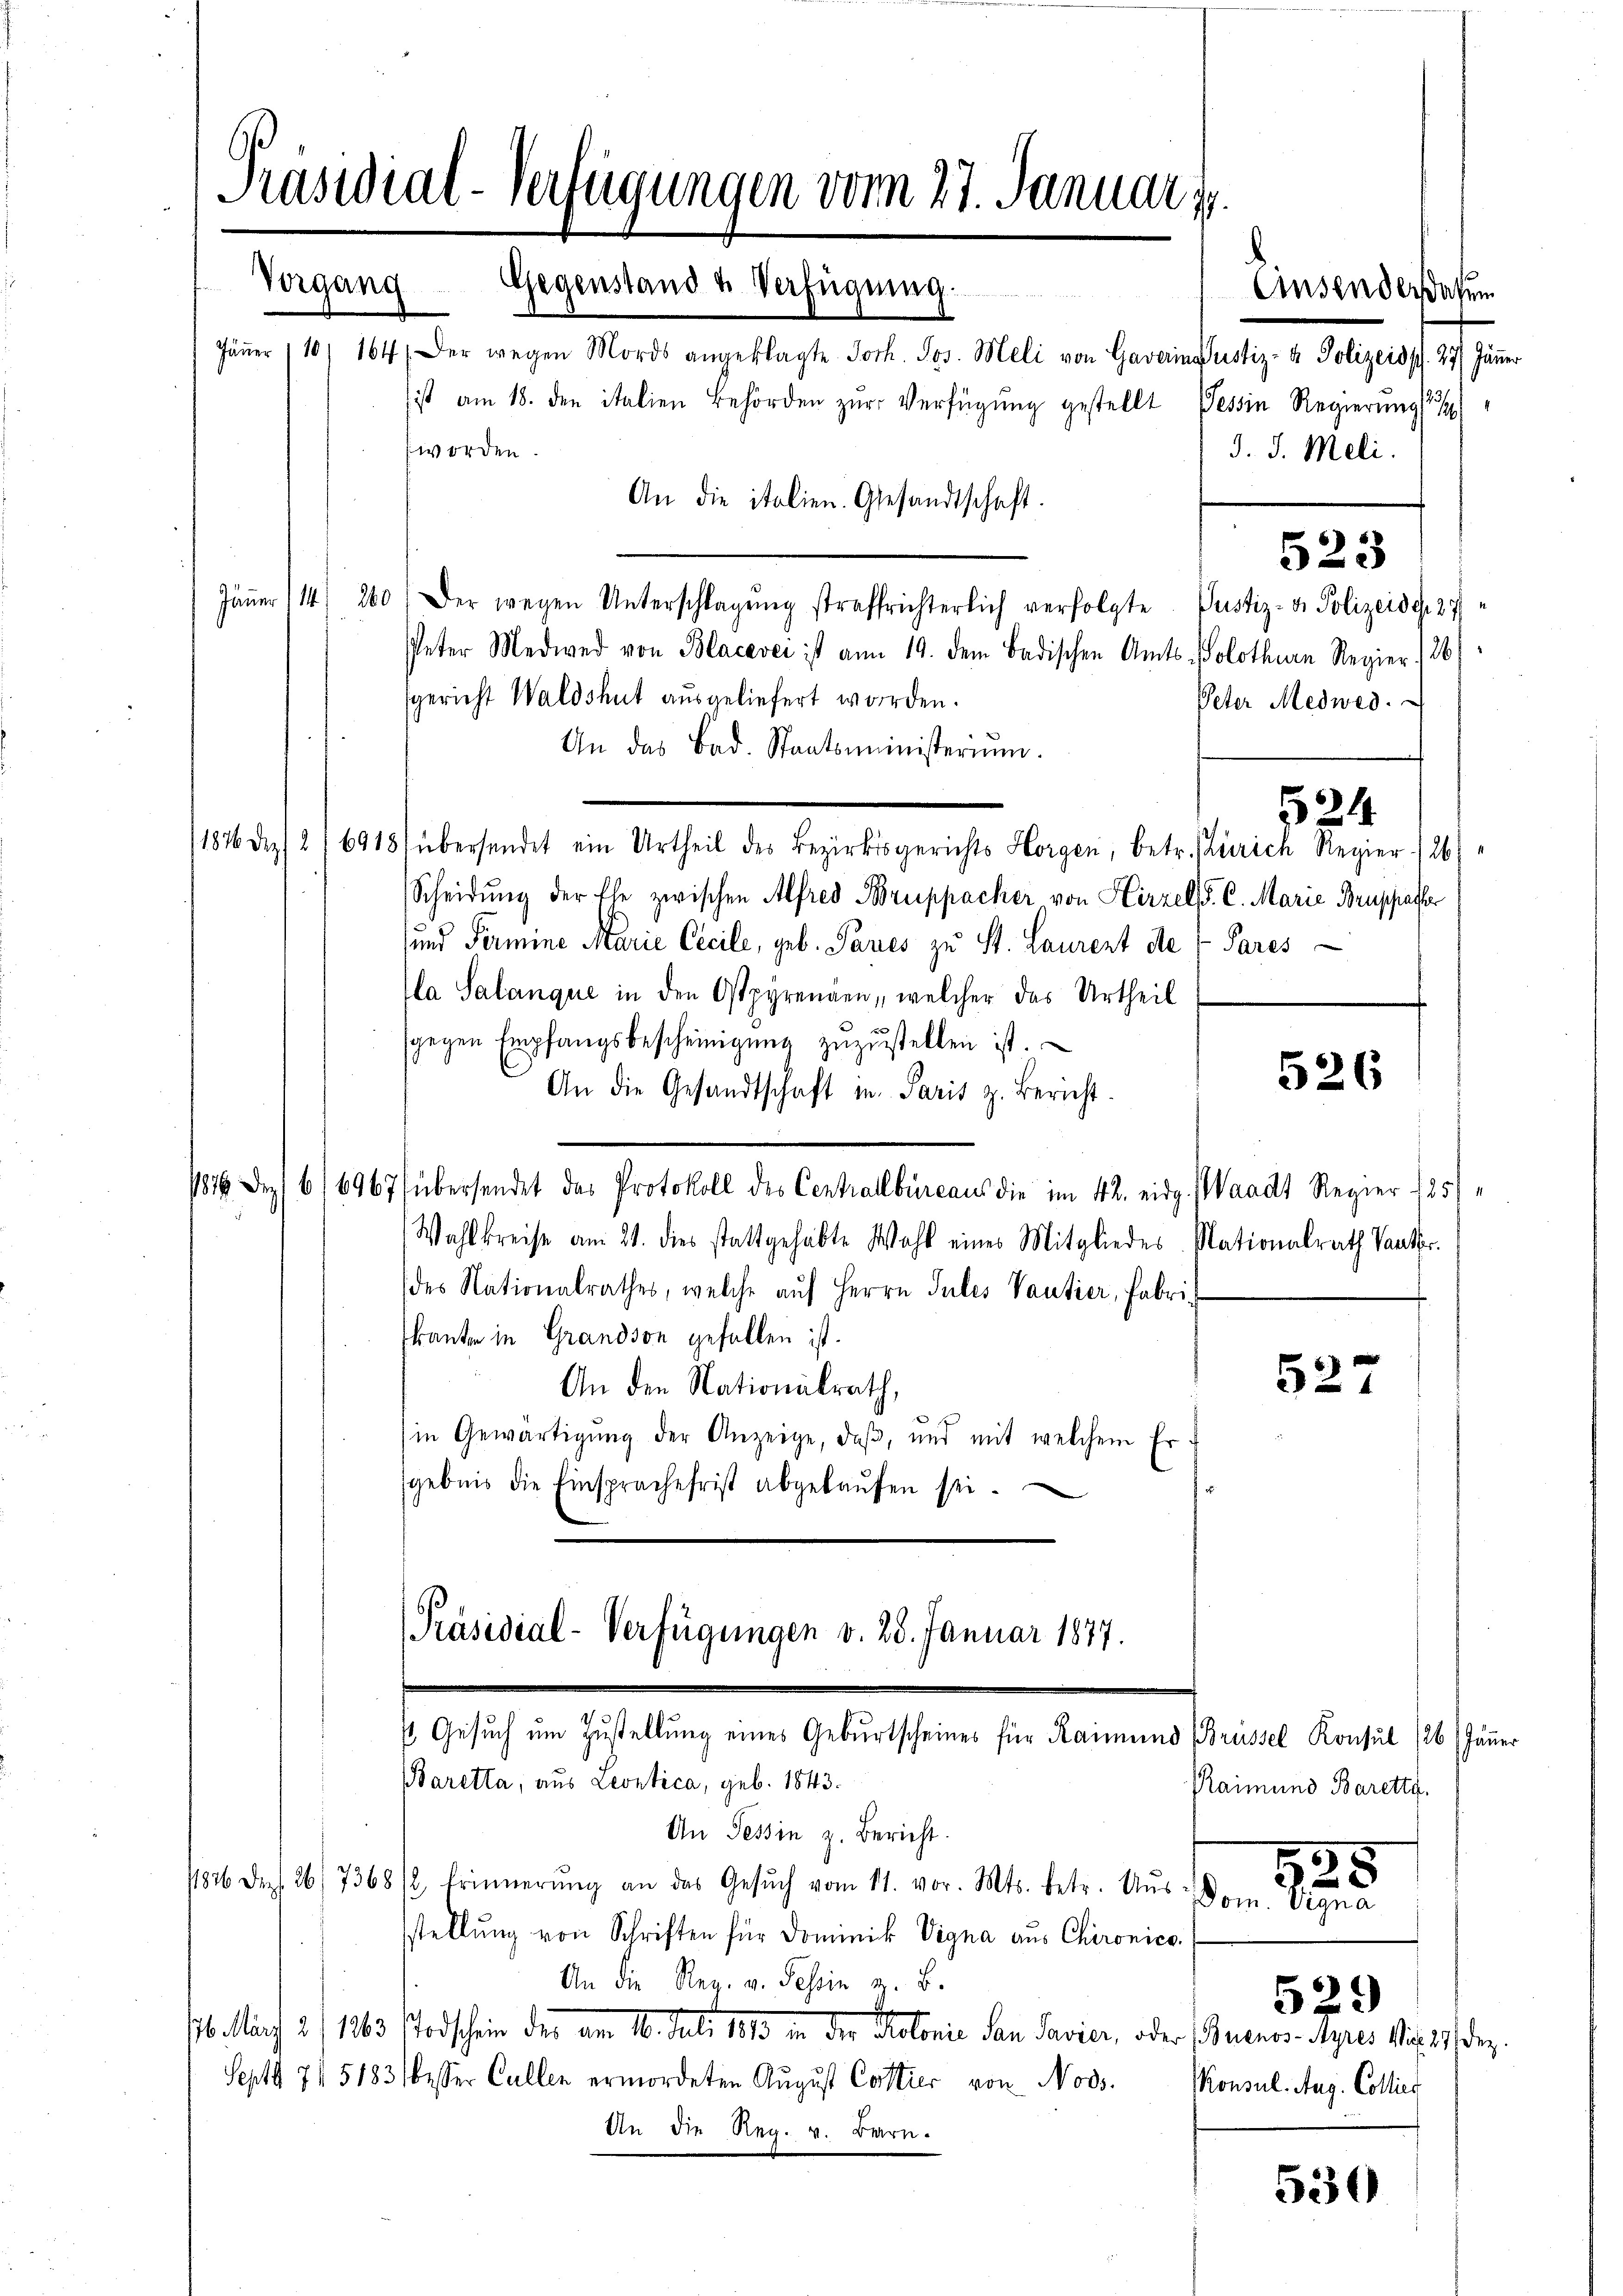
Präsidial-Verfügungen vom 27. Januar 1
Vorgang
Gegenstand u Verfügung.

Jäṅer (10/ 164 (Der wegen Mords angeklagte Joh. Jos. Meli von Gavarin sustiz- & Polizeiss. 27. Jänner
ist am 18. den italien Behörden zŭr Verfügŭng gestellt
worden.
An die italien. Gesandtschaft.
Jäṅer (14. 260) Der wegen Unterschlagung straffrichterlich verfolgte Justiz- & Polizeidg. 27
Peter Medwed von Blacerei ist am 19. dem Badischen Amts-Solothurn Regier 1/26
sgericht Waldshut ausgeliefert worden.
An das Bad. Staatsministerium.
/1876 Dez. 216918 übersendet ein Urtheil des Bezirksgerichts Horgen, betr. Zürich Regier (26)
Scheidung der Ehe zwischen Alfred Bruppacher von Hirzel, S. C. Marie Beschafter
und Fermine Marie Cecile, geb. Pares zu St. Laurent der Pares
la Salanque in den Ostpyrenden, welcher das Urtheil
sgegen Empfangsbescheinigŭng zŭzŭstellen ist.
An die Gesandtschaft in Paris z. Bericht.
1816. Dez. 66967 übersendet das Protokoll des Centrollbüreaus die im 42. eidg. Waadt Regier 185/
Wahlkreise am 21. dies stattgehabte Wahl eines Mitgliedes Nationalrath Vater.
des Nationalrathes, welche aŭf Herrn Jules Vantier, Fabri
kanten in Grandson gefallen ist.
An den Nationalrath,
in Gewärtigŭng der Anzeige, daβ, und mit welchem Er-
gebnis die Einsprache frist abgekaŭfen sei.
[Präsidial-Verfügungen v. 28. Januar 1877.
s Gesuch um Zustellung eines Gebŭrtscheines für Raimund (Brüssel Konsul (26 (Jäṅer
BBaretta, aus Leontica, geb. 1843.
An Tessin z. Bericht.
/1826 Dez. 26/7368/2, Erinnerŭng an das Gesŭch vom 11. vor. Mts. betr. Aŭs
Dom. Signa
stellŭng von Schriften für Dominik Vigna aus Chironico,
An die Reg. v. Tessin z. B.
16. März 2) 1863 storischein der 10. Juli 1813 in der Protonie den Savier, oder Buenos-Ayres 18. 24 de
Sept 7151831 besser Cullen ermordeten August Cattier von Noss.
An die Reg. v. Bern.

Tessin Regierung
d. J. Meli.

Einsenderesen

523

Peter Medwed.
524

526

527

Raimund Barette.
529
Konsul Aug. Colliet

525

530